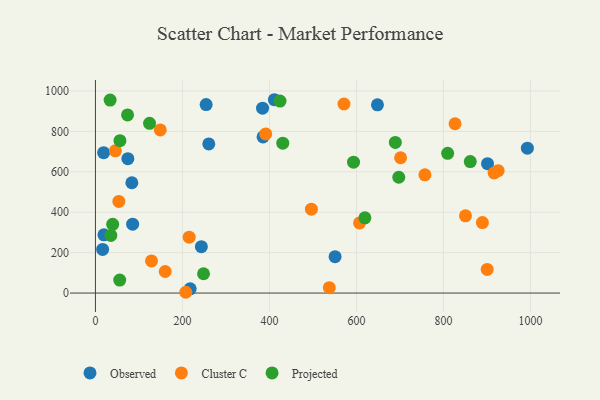
{"axis": {"x": "Investment", "y": "Profit"}, "legend": ["Cluster C", "Observed", "Projected"], "data": [{"x": "85.5", "y": 340.7, "type": "Observed"}, {"x": "384.2", "y": 914.6, "type": "Observed"}, {"x": "260.6", "y": 737.7, "type": "Observed"}, {"x": "551.0", "y": 179.9, "type": "Observed"}, {"x": "385.4", "y": 772.7, "type": "Observed"}, {"x": "74.5", "y": 665.0, "type": "Observed"}, {"x": "901.5", "y": 640.2, "type": "Observed"}, {"x": "648.4", "y": 931.3, "type": "Observed"}, {"x": "18.8", "y": 694.8, "type": "Observed"}, {"x": "16.5", "y": 216.1, "type": "Observed"}, {"x": "19.5", "y": 288.1, "type": "Observed"}, {"x": "217.8", "y": 21.2, "type": "Observed"}, {"x": "243.5", "y": 229.3, "type": "Observed"}, {"x": "411.4", "y": 956.6, "type": "Observed"}, {"x": "993.1", "y": 716.8, "type": "Observed"}, {"x": "254.5", "y": 932.8, "type": "Observed"}, {"x": "83.7", "y": 545.8, "type": "Observed"}, {"x": "391.4", "y": 787.5, "type": "Cluster C"}, {"x": "496.5", "y": 414.9, "type": "Cluster C"}, {"x": "537.7", "y": 26.7, "type": "Cluster C"}, {"x": "850.8", "y": 382.2, "type": "Cluster C"}, {"x": "925.9", "y": 605.5, "type": "Cluster C"}, {"x": "215.5", "y": 276.5, "type": "Cluster C"}, {"x": "900.7", "y": 116.8, "type": "Cluster C"}, {"x": "45.8", "y": 703.7, "type": "Cluster C"}, {"x": "889.7", "y": 348.9, "type": "Cluster C"}, {"x": "916.6", "y": 594.0, "type": "Cluster C"}, {"x": "826.8", "y": 837.7, "type": "Cluster C"}, {"x": "757.5", "y": 584.9, "type": "Cluster C"}, {"x": "607.3", "y": 346.8, "type": "Cluster C"}, {"x": "53.8", "y": 453.4, "type": "Cluster C"}, {"x": "160.4", "y": 106.7, "type": "Cluster C"}, {"x": "149.0", "y": 807.1, "type": "Cluster C"}, {"x": "128.9", "y": 159.2, "type": "Cluster C"}, {"x": "571.4", "y": 935.5, "type": "Cluster C"}, {"x": "701.6", "y": 669.4, "type": "Cluster C"}, {"x": "207.7", "y": 3.9, "type": "Cluster C"}, {"x": "689.5", "y": 745.1, "type": "Projected"}, {"x": "619.5", "y": 372.2, "type": "Projected"}, {"x": "35.3", "y": 285.4, "type": "Projected"}, {"x": "55.8", "y": 64.4, "type": "Projected"}, {"x": "593.4", "y": 647.4, "type": "Projected"}, {"x": "861.8", "y": 650.7, "type": "Projected"}, {"x": "56.3", "y": 754.0, "type": "Projected"}, {"x": "809.8", "y": 691.4, "type": "Projected"}, {"x": "697.4", "y": 572.9, "type": "Projected"}, {"x": "124.4", "y": 839.6, "type": "Projected"}, {"x": "430.7", "y": 741.4, "type": "Projected"}, {"x": "39.6", "y": 340.3, "type": "Projected"}, {"x": "424.3", "y": 949.7, "type": "Projected"}, {"x": "248.5", "y": 95.6, "type": "Projected"}, {"x": "73.8", "y": 881.5, "type": "Projected"}, {"x": "33.7", "y": 955.1, "type": "Projected"}]}